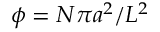
\phi = N \pi a ^ { 2 } / L ^ { 2 }